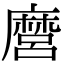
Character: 麿